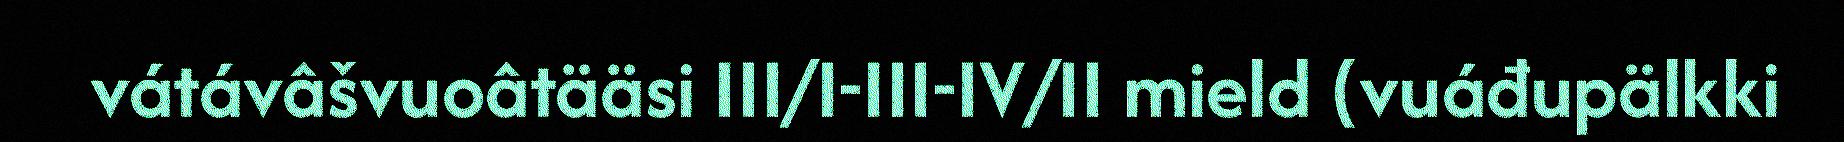
vátávâšvuoâtääsi III/I-III-IV/II mield (vuáđupälkki